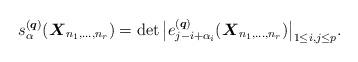
LaTeX: \begin{gather*} s_{\alpha}^{({\boldsymbol{q}})}({\boldsymbol{X}}_{n_1,\ldots,n_r})=\det \big|e_{j-i+ \alpha_i}^{({\boldsymbol{q}})} ({\boldsymbol{X}}_{n_1,\ldots,n_r}) \big|_{1 \le i,j \le p}. \end{gather*}